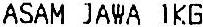
ASAM JAWA 1KG